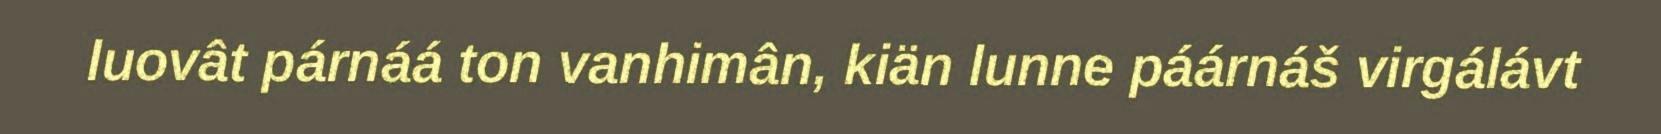
luovât párnáá ton vanhimân, kiän lunne páárnáš virgálávt